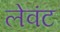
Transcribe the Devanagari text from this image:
लेवंट